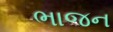
ભાજન